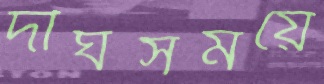
দীর্ঘসময়ে